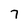
Character: 7